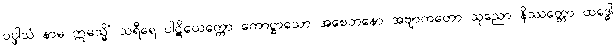
ပပ္ဖါသံ နာမ ဣမသ္မိံ သရီရေ ပါဋိယေက္ကော ကောဋ္ဌာသော အစေတနော အဗျာကတော သုညော နိဿတ္တော ထဒ္ဓေါ